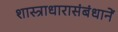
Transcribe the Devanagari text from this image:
शास्त्राधारासंबंधानें